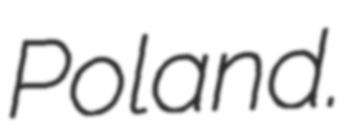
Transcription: Poland.